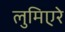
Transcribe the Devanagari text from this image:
लुमिएरे